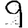
Digit: 9